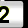
Digit: 2